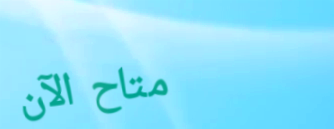
متاح الآن